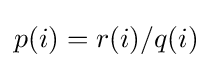
p(i)=r(i)/q(i)